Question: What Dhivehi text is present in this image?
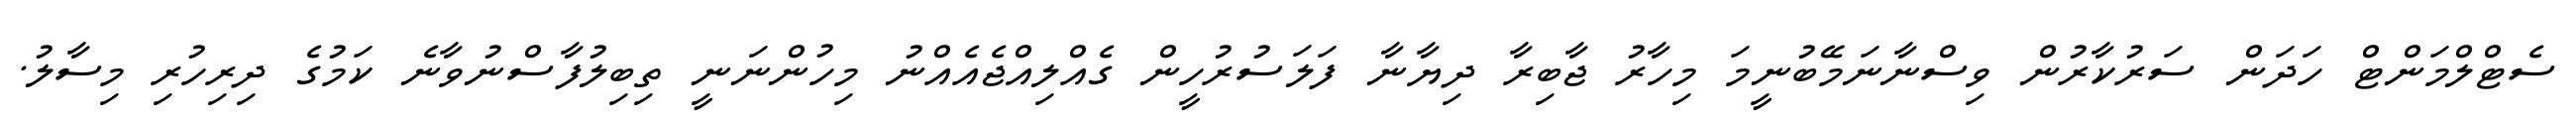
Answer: ސެޓްލްމަންޓް ހަދަން ސަރުކާރުން ވިސްނާނަމޭބުނީމަ މިހާރު ޖާބިރާ ދިޔާނާ ފަލަސުރުހީން ގެއްލިއްޖެއެއްނު މިހުންނަނީ ތިބިލުފާސްނުވާނެ ކަމުގެ ދިރިހުރި މިސާލު.